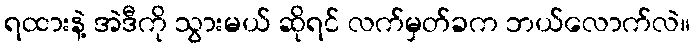
ရထားနဲ့ အဲဒီကို သွားမယ် ဆိုရင် လက်မှတ်ခက ဘယ်လောက်လဲ။